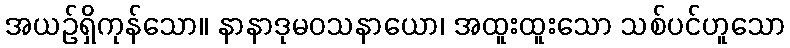
အယဉ်ရှိကုန်သော။ နာနာဒုမဝသနာယော၊ အထူးထူးသော သစ်ပင်ဟူသော